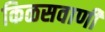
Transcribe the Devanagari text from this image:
किळसवाणी